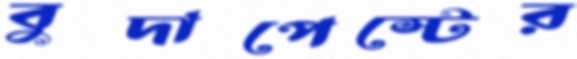
বুদাপেস্টের